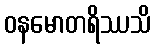
ဝနမောတရိဿသိ